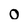
Character: 0